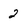
Character: 2